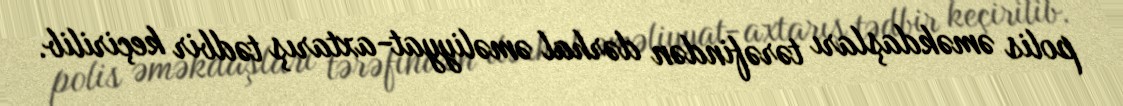
polis əməkdaşları tərəfindən dərhal əməliyyat-axtarış tədbir keçirilib.